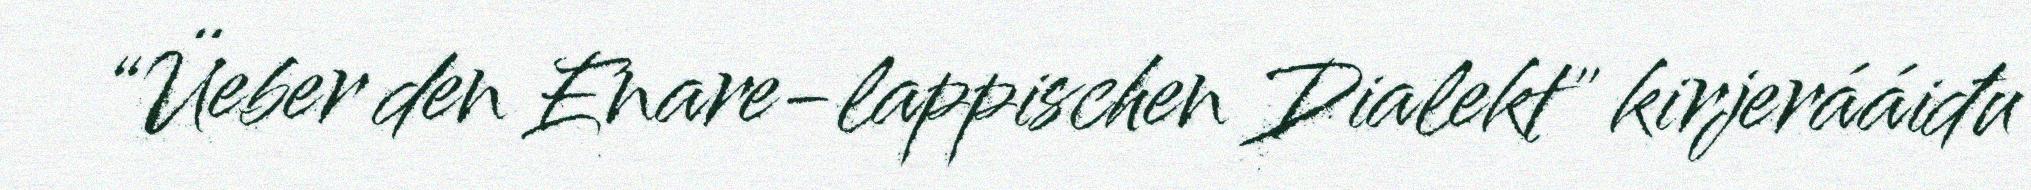
“Üeber den Enare-lappischen Dialekt" kirjerááiđu